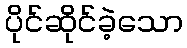
ပိုင်ဆိုင်ခဲ့သော